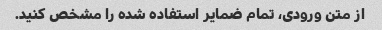
از متن ورودی، تمام ضمایر استفاده شده را مشخص کنید.